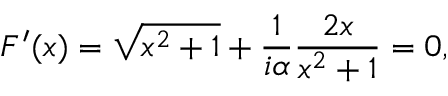
F ^ { \prime } ( x ) = \sqrt { x ^ { 2 } + 1 } + { \frac { 1 } { i \alpha } } { \frac { 2 x } { x ^ { 2 } + 1 } } = 0 ,